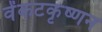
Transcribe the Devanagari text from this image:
वेंकटकृष्णन